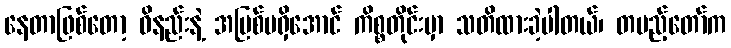
နေတာဖြစ်တော့ ဝိနည်းနဲ့ အပြစ်မရှိအောင် ကိစ္စတိုင်းမှာ သတိထားခဲ့ပါတယ်၊ တပည့်တော်က